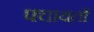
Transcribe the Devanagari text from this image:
पचायतों